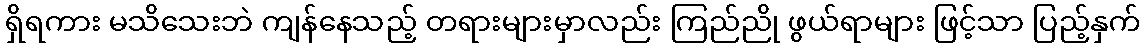
ရှိရကား မသိသေးဘဲ ကျန်နေသည့် တရားများမှာလည်း ကြည်ညို ဖွယ်ရာများ ဖြင့်သာ ပြည့်နှက်